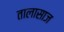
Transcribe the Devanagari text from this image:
तालासाज